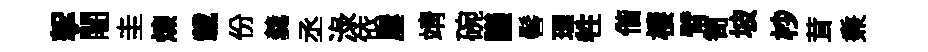
挐闍圭煉載份羹丞渌依屢靖碗議髻理牲偕棲臂笥坡杪茸兼